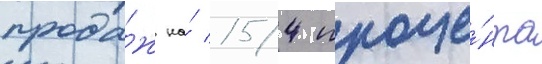
прода́ж на́ 154 проце́нта